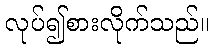
လုပ်၍စားလိုက်သည်။